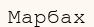
Марбах